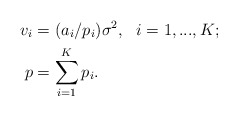
\begin{align*}v_i&=(a_i/p_i)\sigma^2,\ \ i=1,...,K;\\p&=\sum_{i=1}^K p_i.\end{align*}